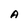
Character: A